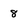
Character: 8